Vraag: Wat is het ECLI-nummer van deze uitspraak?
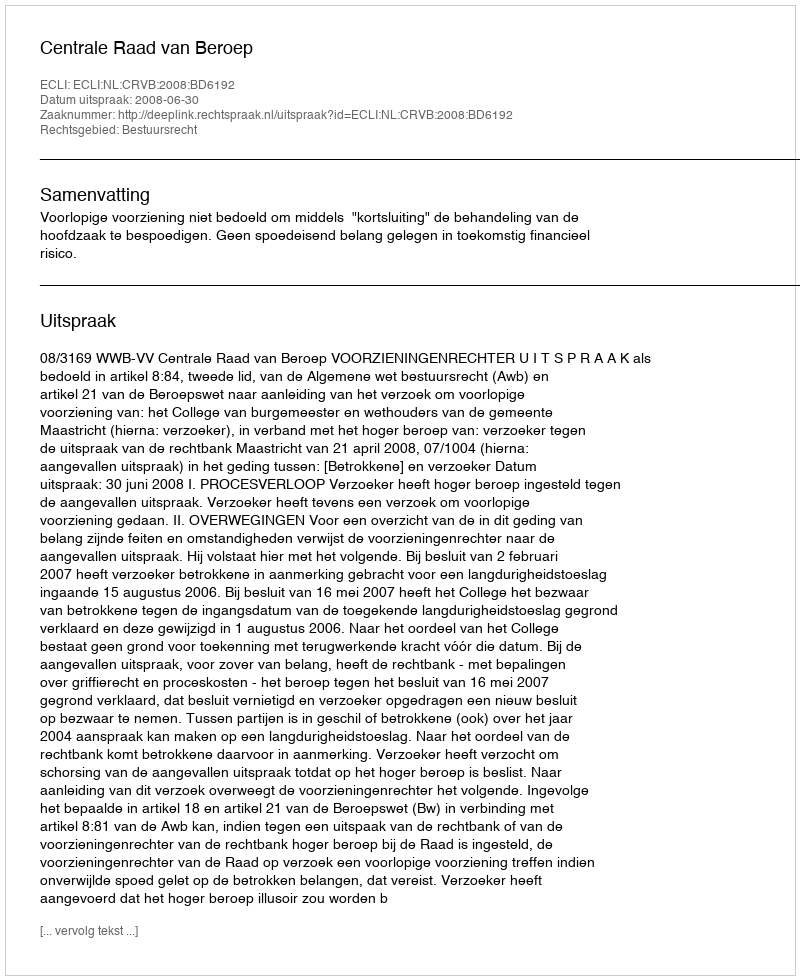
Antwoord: ECLI:NL:CRVB:2008:BD6192